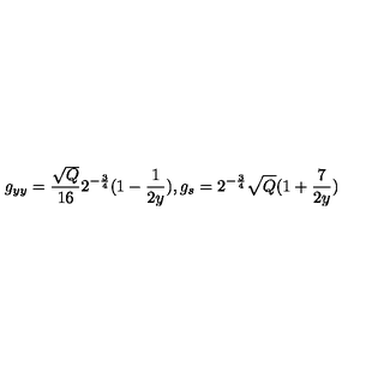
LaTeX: g _ { y y } = \frac { \sqrt { Q } } { 1 6 } 2 ^ { - \frac { 3 } { 4 } } ( 1 - \frac { 1 } { 2 y } ) , g _ { s } = 2 ^ { - \frac { 3 } { 4 } } \sqrt { Q } ( 1 + \frac { 7 } { 2 y } )